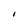
Character: I